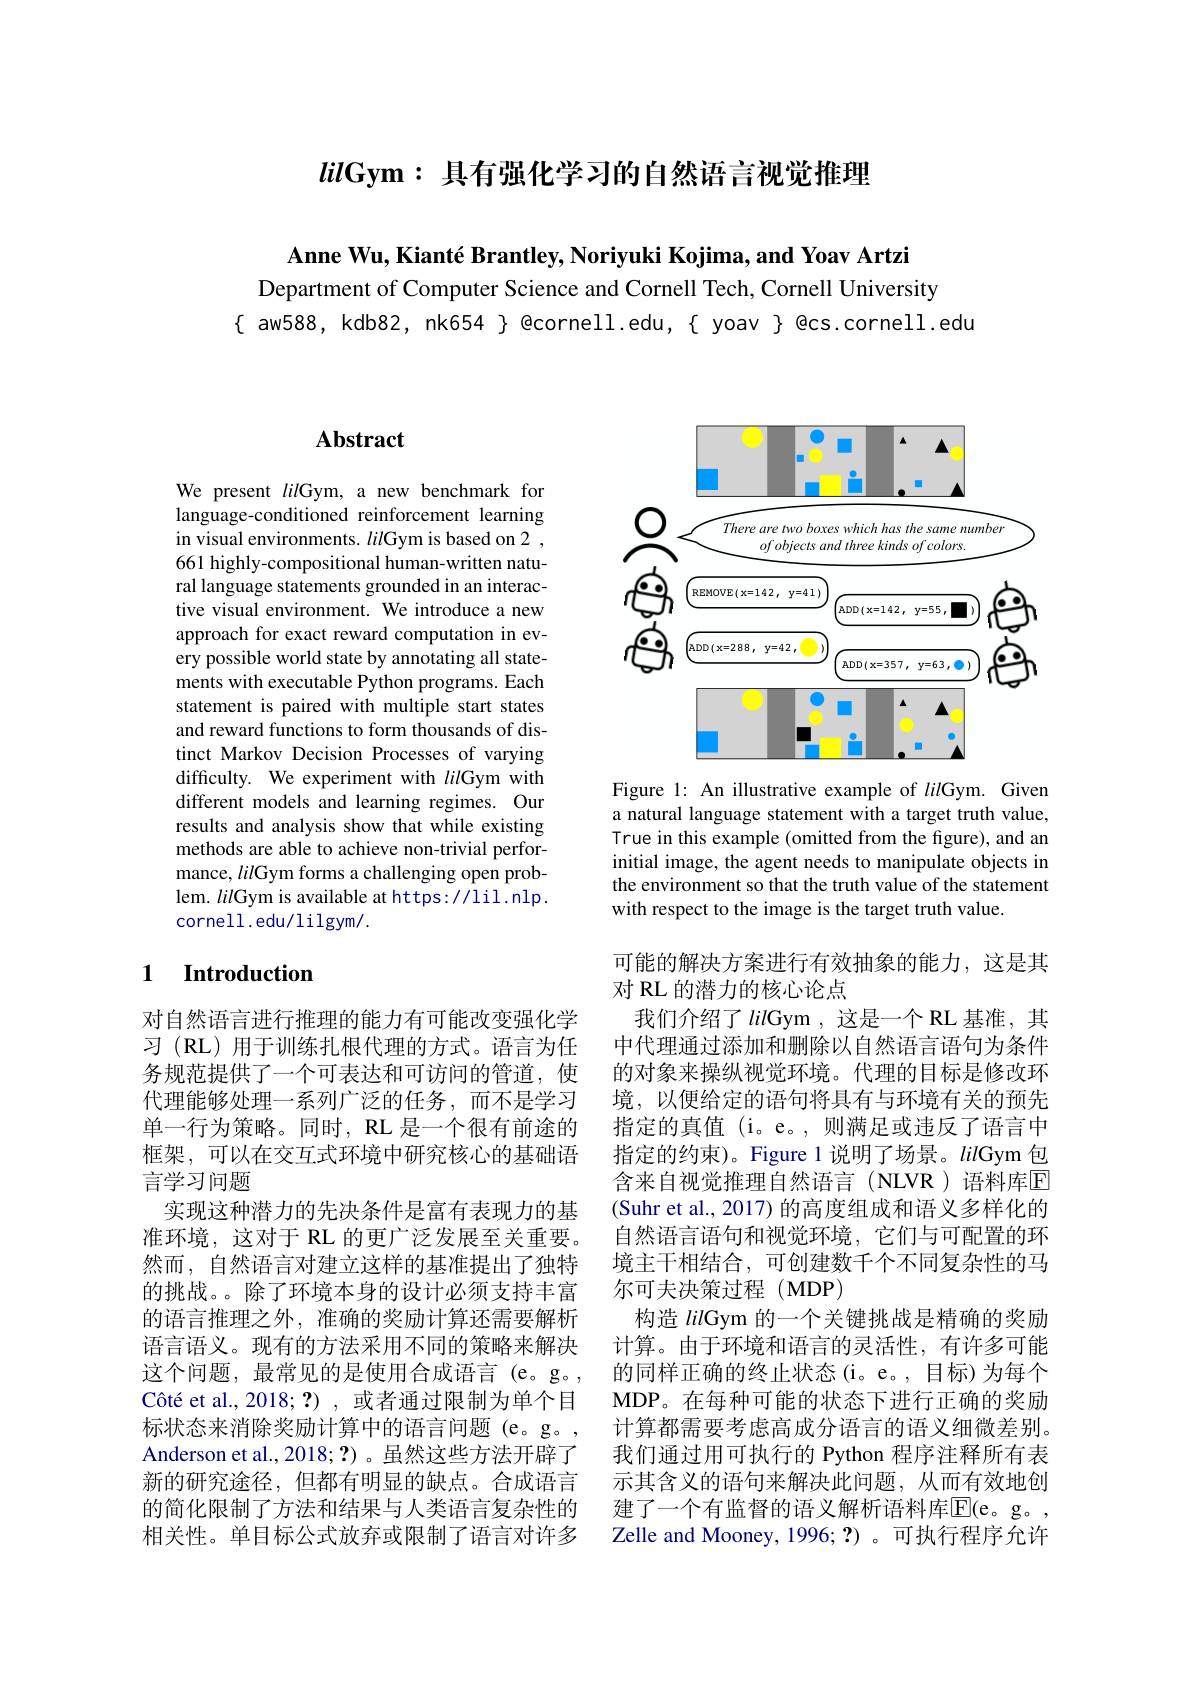
$lil\textbf{Gym: 具 有 强 化 学 习 的 自 然 语 言 视 觉 推 理 }$

Anne Wu, Kianté Brantley, Noriyuki Kojima, and Yoav Artzi
Department of Computer Science and Cornell Tech, Cornell University
$\{$ aw588, kdb82, nk654 $\}$ @cornell.edu,{ yoav } @cs.cornell.edu

# Abstract

We present lilGym, a new benchmark for language-conditioned reinforcement learning in visual environments. lilGym is based on 2 , 661 highly-compositional human-written natural language statements grounded in an interactive visual environment. We introduce a new approach for exact reward computation in every possible world state by annotating all statements with executable Python programs. Each statement is paired with multiple start states and reward functions to form thousands of distinct Markov Decision Processes of varying difficulty. We experiment with lilGym with different models and learning regimes. Our results and analysis show that while existing methods are able to achieve non-trivial performance, lilGym forms a challenging open problem. lilGym is available at https://lil.nlp. cornell.edu/lilgym/.

### 1 $\textbf{Introduction}$

对自然语言进行推理的能力有可能改变强化学习 (RL) 用于训练扎根代理的方式。语言为任务规范提供了一个可表达和可访问的管道，使代理能够处理一系列广泛的任务，而不是学习单一行为策略。同时，RL 是一个很有前途的框架，可以在交互式环境中研究核心的基础语言学习问题
实现这种潜力的先决条件是富有表现力的基准环境，这对于 RL 的更广泛发展至关重要。然而，自然语言对建立这样的基准提出了独特的挑战。。除了环境本身的设计必须支持丰富的语言推理之外，准确的奖励计算还需要解析语言语义。现有的方法采用不同的策略来解决这个问题，最常见的是使用合成语言(e。g。, Côté et al., 2018; ?) , 或者通过限制为单个目标状态来消除奖励计算中的语言问题(e。g。, Anderson et al.,2018;?) 。虽然这些方法开辟了新的研究途径，但都有明显的缺点。合成语言的简化限制了方法和结果与人类语言复杂性的相关性。单目标公式放弃或限制了语言对许多

<FigureHere>

Figure 1: An illustrative example of lilGym. Given a natural language statement with a target truth value, True in this example (omitted from the figure), and an initial image, the agent needs to manipulate objects in the environment so that the truth value of the statement with respect to the image is the target truth value.

可能的解决方案进行有效抽象的能力，这是其
对 RL 的潜力的核心论点
我们介绍了lilGym ,这是一个 RL 基准，其中代理通过添加和删除以自然语言语句为条件的对象来操纵视觉环境。代理的目标是修改环境，以便给定的语句将具有与环境有关的预先指定的真值(i。e。,则满足或违反了语言中指定的约束)。Figure 1 说明了场景。lilGym 包含来自视觉推理自然语言(NLVR)语料库$\overline{\mathrm{E}}$ (Suhr et al., 2017) 的高度组成和语义多样化的自然语言语句和视觉环境，它们与可配置的环境主干相结合，可创建数千个不同复杂性的马尔可夫决策过程(MDP)
构造lilGym 的一个关键挑战是精确的奖励计算。由于环境和语言的灵活性，有许多可能的同样正确的终止状态(i。e。,目标)为每个MDP。在每种可能的状态下进行正确的奖励计算都需要考虑高成分语言的语义细微差别。我们通过用可执行的 Python 程序注释所有表示其含义的语句来解决此问题，从而有效地创建了一个有监督的语义解析语料库E(e。g。Zelle and Mooney, 1996; ?)。可执行程序允许